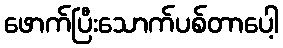
ဖောက်ပြီးသောက်ပစ်တာပေါ့